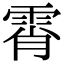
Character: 霄